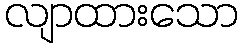
လျာထားသော